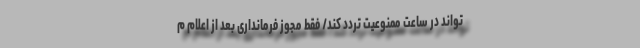
تواند در ساعت ممنوعیت تردد کند/ فقط مجوز فرمانداری بعد از اعلام م